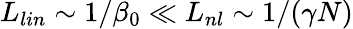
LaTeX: L_{lin}\sim 1/\beta_{0}\ll L_{nl}\sim 1/(\gamma N)